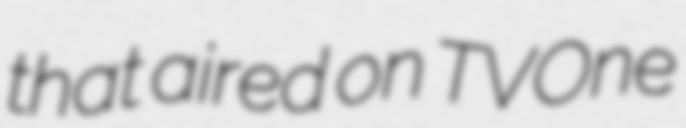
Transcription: that aired on TVOne